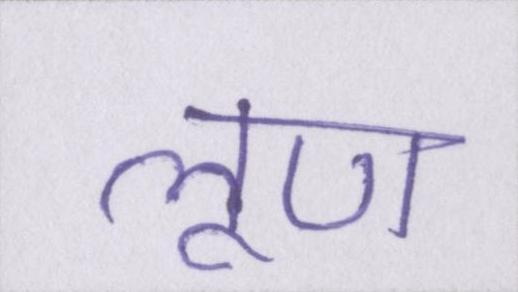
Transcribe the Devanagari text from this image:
लूण